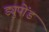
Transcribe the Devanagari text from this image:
ड्युपोंड